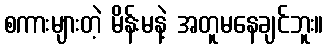
စကားများတဲ့ မိန်းမနဲ့ အတူမနေချင်ဘူး။